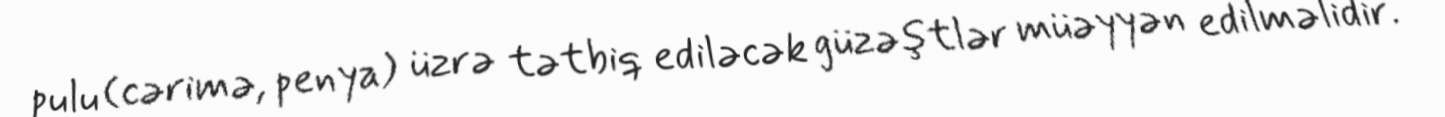
pulu (cərimə, penya) üzrə tətbiq ediləcək güzəştlər müəyyən edilməlidir.